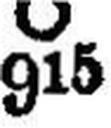
Ο 915